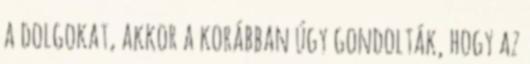
a dolgokat, akkor a korábban úgy gondolták, hogy az